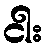
ငါး